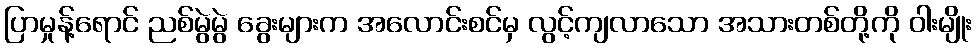
ပြာမှုန့်ရောင် ညစ်မွဲမွဲ ခွေးများက အလောင်းစင်မှ လွင့်ကျလာသော အသားတစ်တို့ကို ဝါးမျိုး